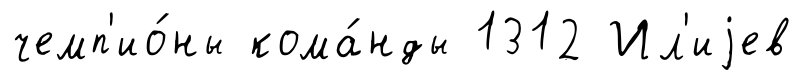
чемп'ио́ны кома́нды 1312 Ил'иjев